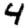
Digit: 4